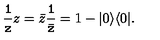
{ \tt \frac { 1 } { z } } z = \bar { z } { \tt \frac { 1 } { \bar { z } } } = 1 - | 0 \rangle \langle 0 | .